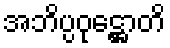
အဘိပ္ပဝုဋ္ဌောတိ